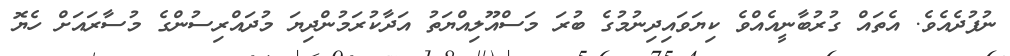
ނުފުދެއެވެ. އެތައް ގުރުބާނީއެއްވެ ކިޔަވައިދިނުމުގެ ބުރަ މަސްއޫލިއްޔަތު އަދާކުރަމުންދިޔަ މުދައްރިސުންގެ މުސާރައަށް ހެޔޮ